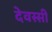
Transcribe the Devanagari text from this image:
देवस्सी